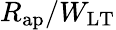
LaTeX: R_{\mathrm{ap}}/W_{\mathrm{LT}}